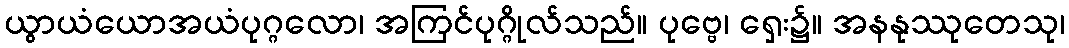
ယွာယံယောအယံပုဂ္ဂလော၊ အကြင်ပုဂ္ဂိုလ်သည်။ ပုဗ္ဗေ၊ ရှေး၌။ အနနုဿုတေသု၊